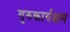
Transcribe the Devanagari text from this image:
गुरुकार्यक्षम